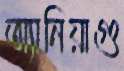
অ্যানিয়াগু